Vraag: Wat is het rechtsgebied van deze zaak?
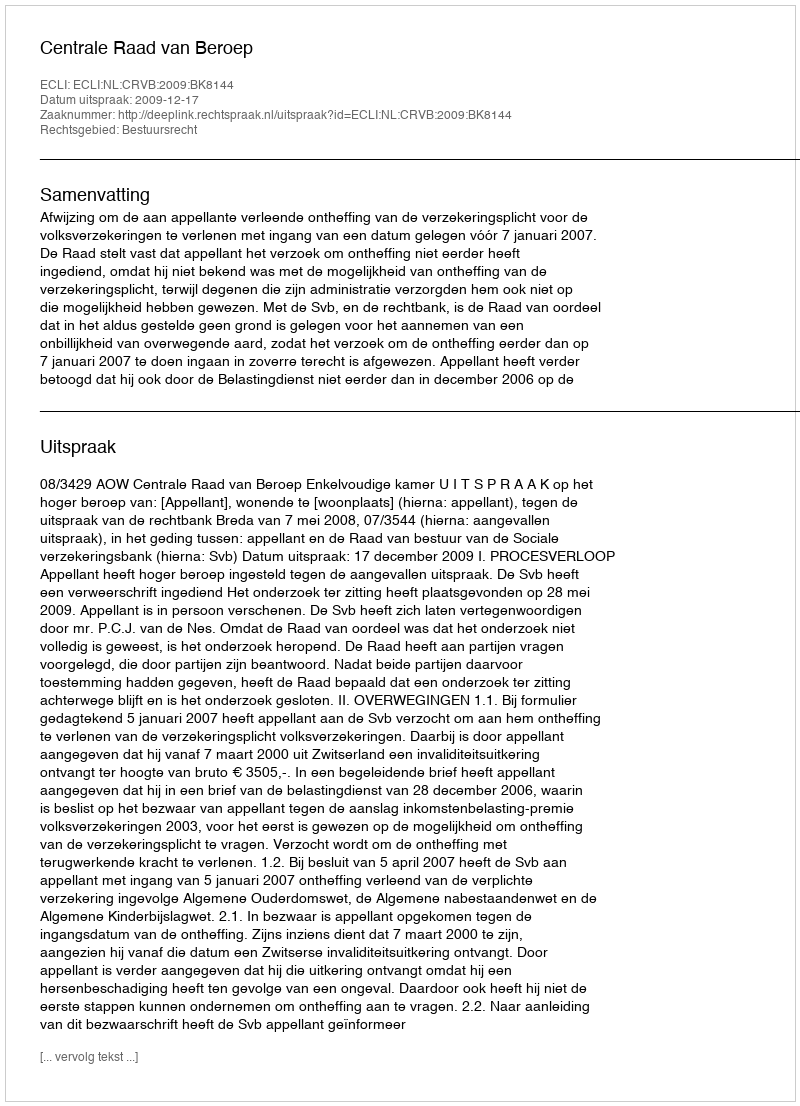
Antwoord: Bestuursrecht